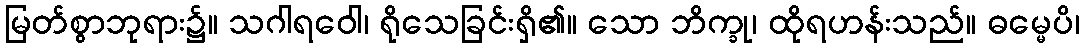
မြတ်စွာဘုရား၌။ သဂါရဝေါ၊ ရိုသေခြင်းရှိ၏။ သော ဘိက္ခု၊ ထိုရဟန်းသည်။ ဓမ္မေပိ၊